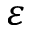
\varepsilon